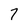
Character: 7